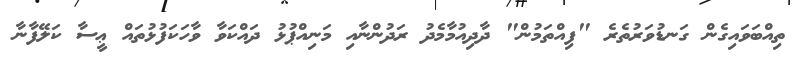
ތިއްބަވައިގެން ގަނޑުވަރުތެރެ "ފިއްތަމުން" ދާދިއުމާމެދު ރަދުންނާއި މަނިއްޕުޅު ދައްކަވާ ވާހަކަފުޅުތައް ޢީސާ ކަލޭފާނާ